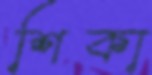
শিকা